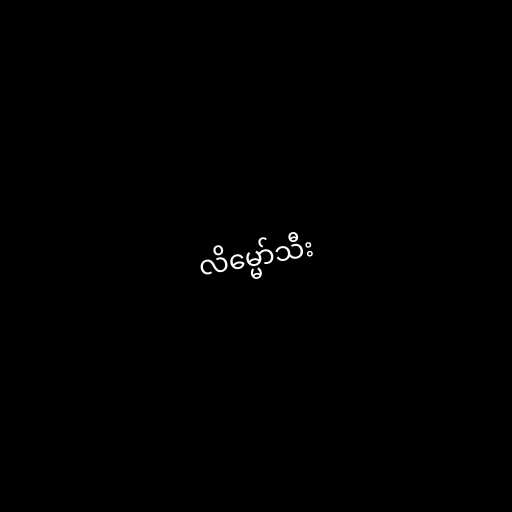
လိမ္မော်သီး